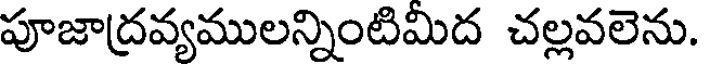
పూజాద్రవ్యములన్నింటిమిద చల్లవలెను.